Report on vaccination in Madras 1895-1903 - 1895-1903
Year: 1895
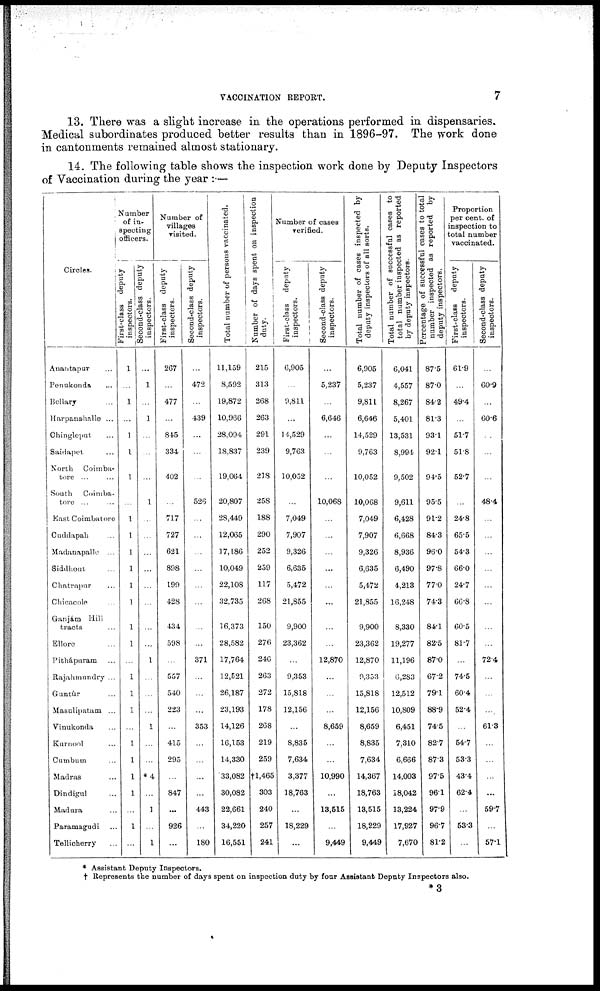
VACCINATION REPORT.
7
13. There was a slight increase in the operations performed in dispensaries.
Medical subordinates produced better results than in 1896-97. The work done
in cantonments remained almost stationary.
14. The following table shows the inspection work done by Deputy Inspectors
of Vaccination during the year :—
Circles.
Anantapur ...
Penukonda ...
Bellary ...
Harpanahalle ...
Chingleput ...
Saidapet ...
North Coimba-
tore ... ...
South Coimba-
tore ... ...
East Coimbatore
Cuddapah ...
Madanapalle ...
Siddhout ...
Chatrapur ...
Chicacole ...
Ganjám Hill
tracts ...
Ellore ...
Pithápuram ...
Rajahmundry ...
Guntúr ...
Masulipatam ...
Vinukonda ...
Kurnool ...
Cumbum ...
Madras ...
Dindigul ...
Madura ...
Paramagudi ...
Tellicherry ...
Number
of in-
specting
officers.
First-class deputy
inspectors.
1
...
1
...
1
1
1
...
1
1
1
1
1
1
1
1
...
1
1
1
...
1
...
...
...
...
1
...
Second-class deputy
inspectors.
...
1
...
1
...
...
...
1
...
...
...
...
...
...
...
...
1
...
...
...
1
...
...
*4
...
1
...
1
Number of
villages
visited.
First-class deputy
inspectors.
267
...
477
...
845
334
402
...
717
727
621
898
199
428
434
598
...
557
540
223
...
415
295
...
847
...
926
...
Second-class deputy
inspectors.
...
472
...
439
...
...
...
526
...
...
...
...
...
...
...
...
371
...
...
...
353
...
...
...
...
443
...
180
Total number of persons vaccinated.
11,159
8,592
19,872
10,966
28,094
18,837
19,064
20,807
28,449
12,065
17,186
10,049
22,108
32,735
16,373
28,582
17,764
12,521
26,187
23,193
14,126
16,153
14,330
33,082
30,082
22,661
34,220
16,551
Number of days spent on inspection
duty.
215
313
268
263
291
239
218
258
188
290
252
259
117
268
150
276
246
263
272
178
268
219
259
†1,465
303
240
257
241
Number of cases
verified.
First-class deputy
inspectors.
6,905
...
9,811
...
14,529
9,763
10,052
...
7,049
7,907
9,326
6,635
5,472
21,855
9,900
23,362
...
9,353
15,818
12,156
...
8,835
7,634
3,377
18,763
...
18,229
...
Second-class deputy
inspectors.
...
5,237
...
6,646
...
...
...
10,068
...
...
...
...
...
...
...
...
12,870
...
...
...
8,659
...
...
10,990
...
13,515
...
9,449
Total number of cases inspected by
deputy inspectors of all sorts.
6,905
5,237
9,811
6,646
14,529
9,763
10,052
10,068
7,049
7,907
9,326
6,635
5,472
21,855
9,900
23,362
12,870
9,353
15,818
12,156
8,659
8,835
7,634
14,367
18,763
13,515
18,229
9,449
Total number of successful cases to
total number inspected as reported
by deputy inspectors.
6,041
4,557
8,267
5,401
13,531
8,994
9,502
9,611
6,428
6,668
8,936
6,490
4,213
16,248
8,330
19,277
11,196
6,283
12,512
10,809
6,451
7,310
6,666
14,003
18,042
13,224
17,927
7,670
Percentage of successful cases to total
number inspected as reported by
deputy inspectors.
87.5
87.0
84.2
81.3
93.1
92.1
94.5
95.5
91.2
84.3
96.0
97.8
77.0
74.3
84.1
82.5
87.0
67.2
79.1
88.9
74.5
82.7
87.3
97.5
96.1
97.9
96.7
81.2
Proportion
per cent. of
inspection to
total number
vaccinated.
First-class deputy
inspectors.
61.9
...
49.4
...
51.7
51.8
52.7
...
24.8
65.5
54.3
66.0
24.7
66.8
60.5
81.7
...
74.5
60.4
52.4
...
54.7
53.3
43.4
62.4
...
53.3
...
Second-class deputy
inspectors.
...
60.9
...
60.6
...
...
...
48.4
...
...
...
...
...
...
...
...
72.4
...
...
...
61.3
...
...
...
...
59.7
...
57.1
* Assistant Deputy Inspectors.
† Represents the number of days spent on inspection duty by four Assistant Deputy Inspectors also.
*3